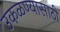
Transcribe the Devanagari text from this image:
उकळण्यासाठी